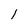
Character: 1